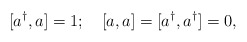
\begin{align*}\lbrack a^{\dagger },a]=1;\quad \left[ a,a\right] =[a^{\dagger },a^{\dagger}]=0,\end{align*}